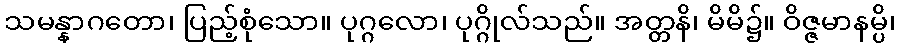
သမန္နာဂတော၊ ပြည့်စုံသော။ ပုဂ္ဂလော၊ ပုဂ္ဂိုလ်သည်။ အတ္တနိ၊ မိမိ၌။ ဝိဇ္ဇမာနမ္ပိ၊